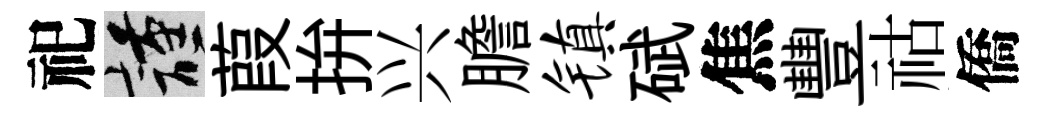
祀謹葭拚兴膽镇碔焦豐祜僑